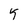
Character: 5